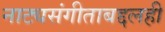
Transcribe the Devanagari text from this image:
नाट्यसंगीताबद्दलही